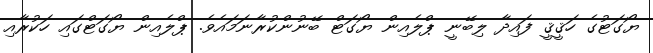
ޔޯގަޓުގެ ހަޤީޤީ ފައިދާ ލިބޭނީ ޕްލެއިން ޔޯގަޓް ބޭނުންކުރާނަމައެވެ. ޕްލެއިން ޔޯގަޓްގައި ހަކުރާއި